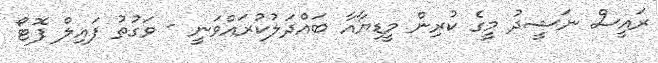
ރައީސް ނަޝީދު މީގެ ކުރިން މީޑިޔާއާ ބައްދަލުކުރައްވަނީ - ވަގުތު ފައިލް ފޮޓޯ